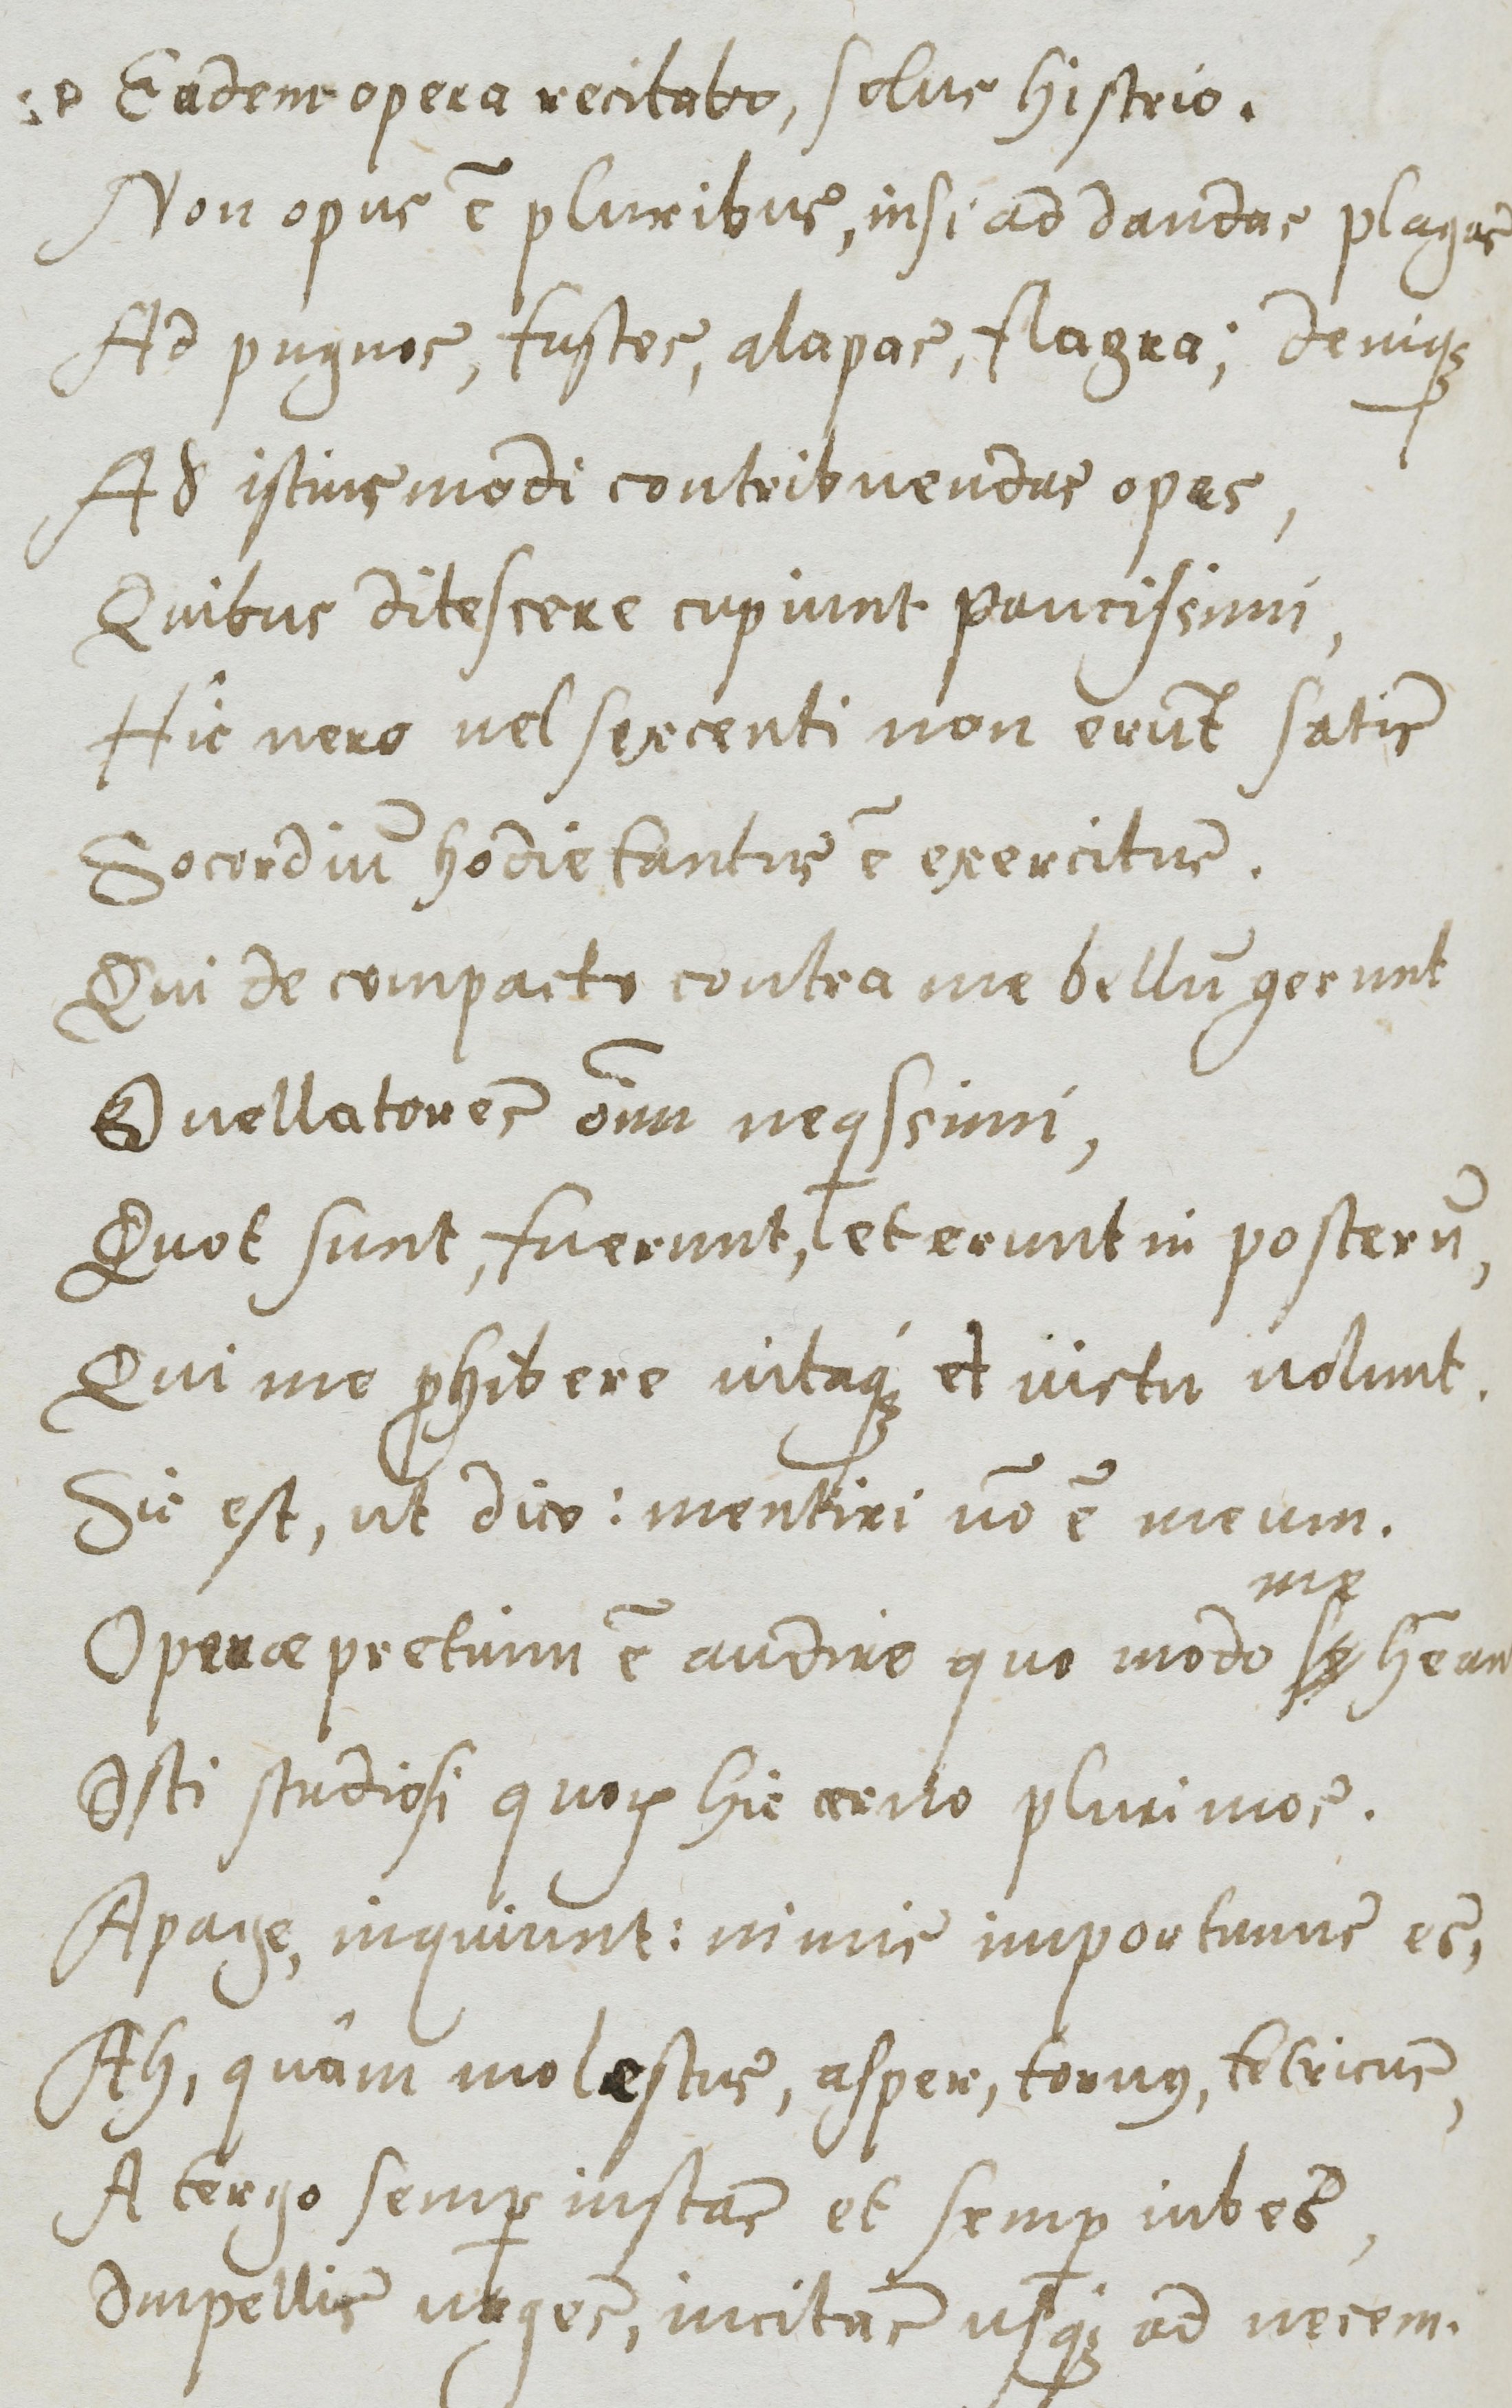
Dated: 1577–1577